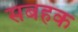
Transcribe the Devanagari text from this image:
सबहक